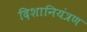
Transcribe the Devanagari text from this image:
दिशानियंत्रण